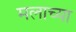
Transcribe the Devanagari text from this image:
मलाच्या